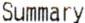
SUMMARY